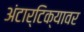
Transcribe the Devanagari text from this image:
अंटार्टिक्यावर